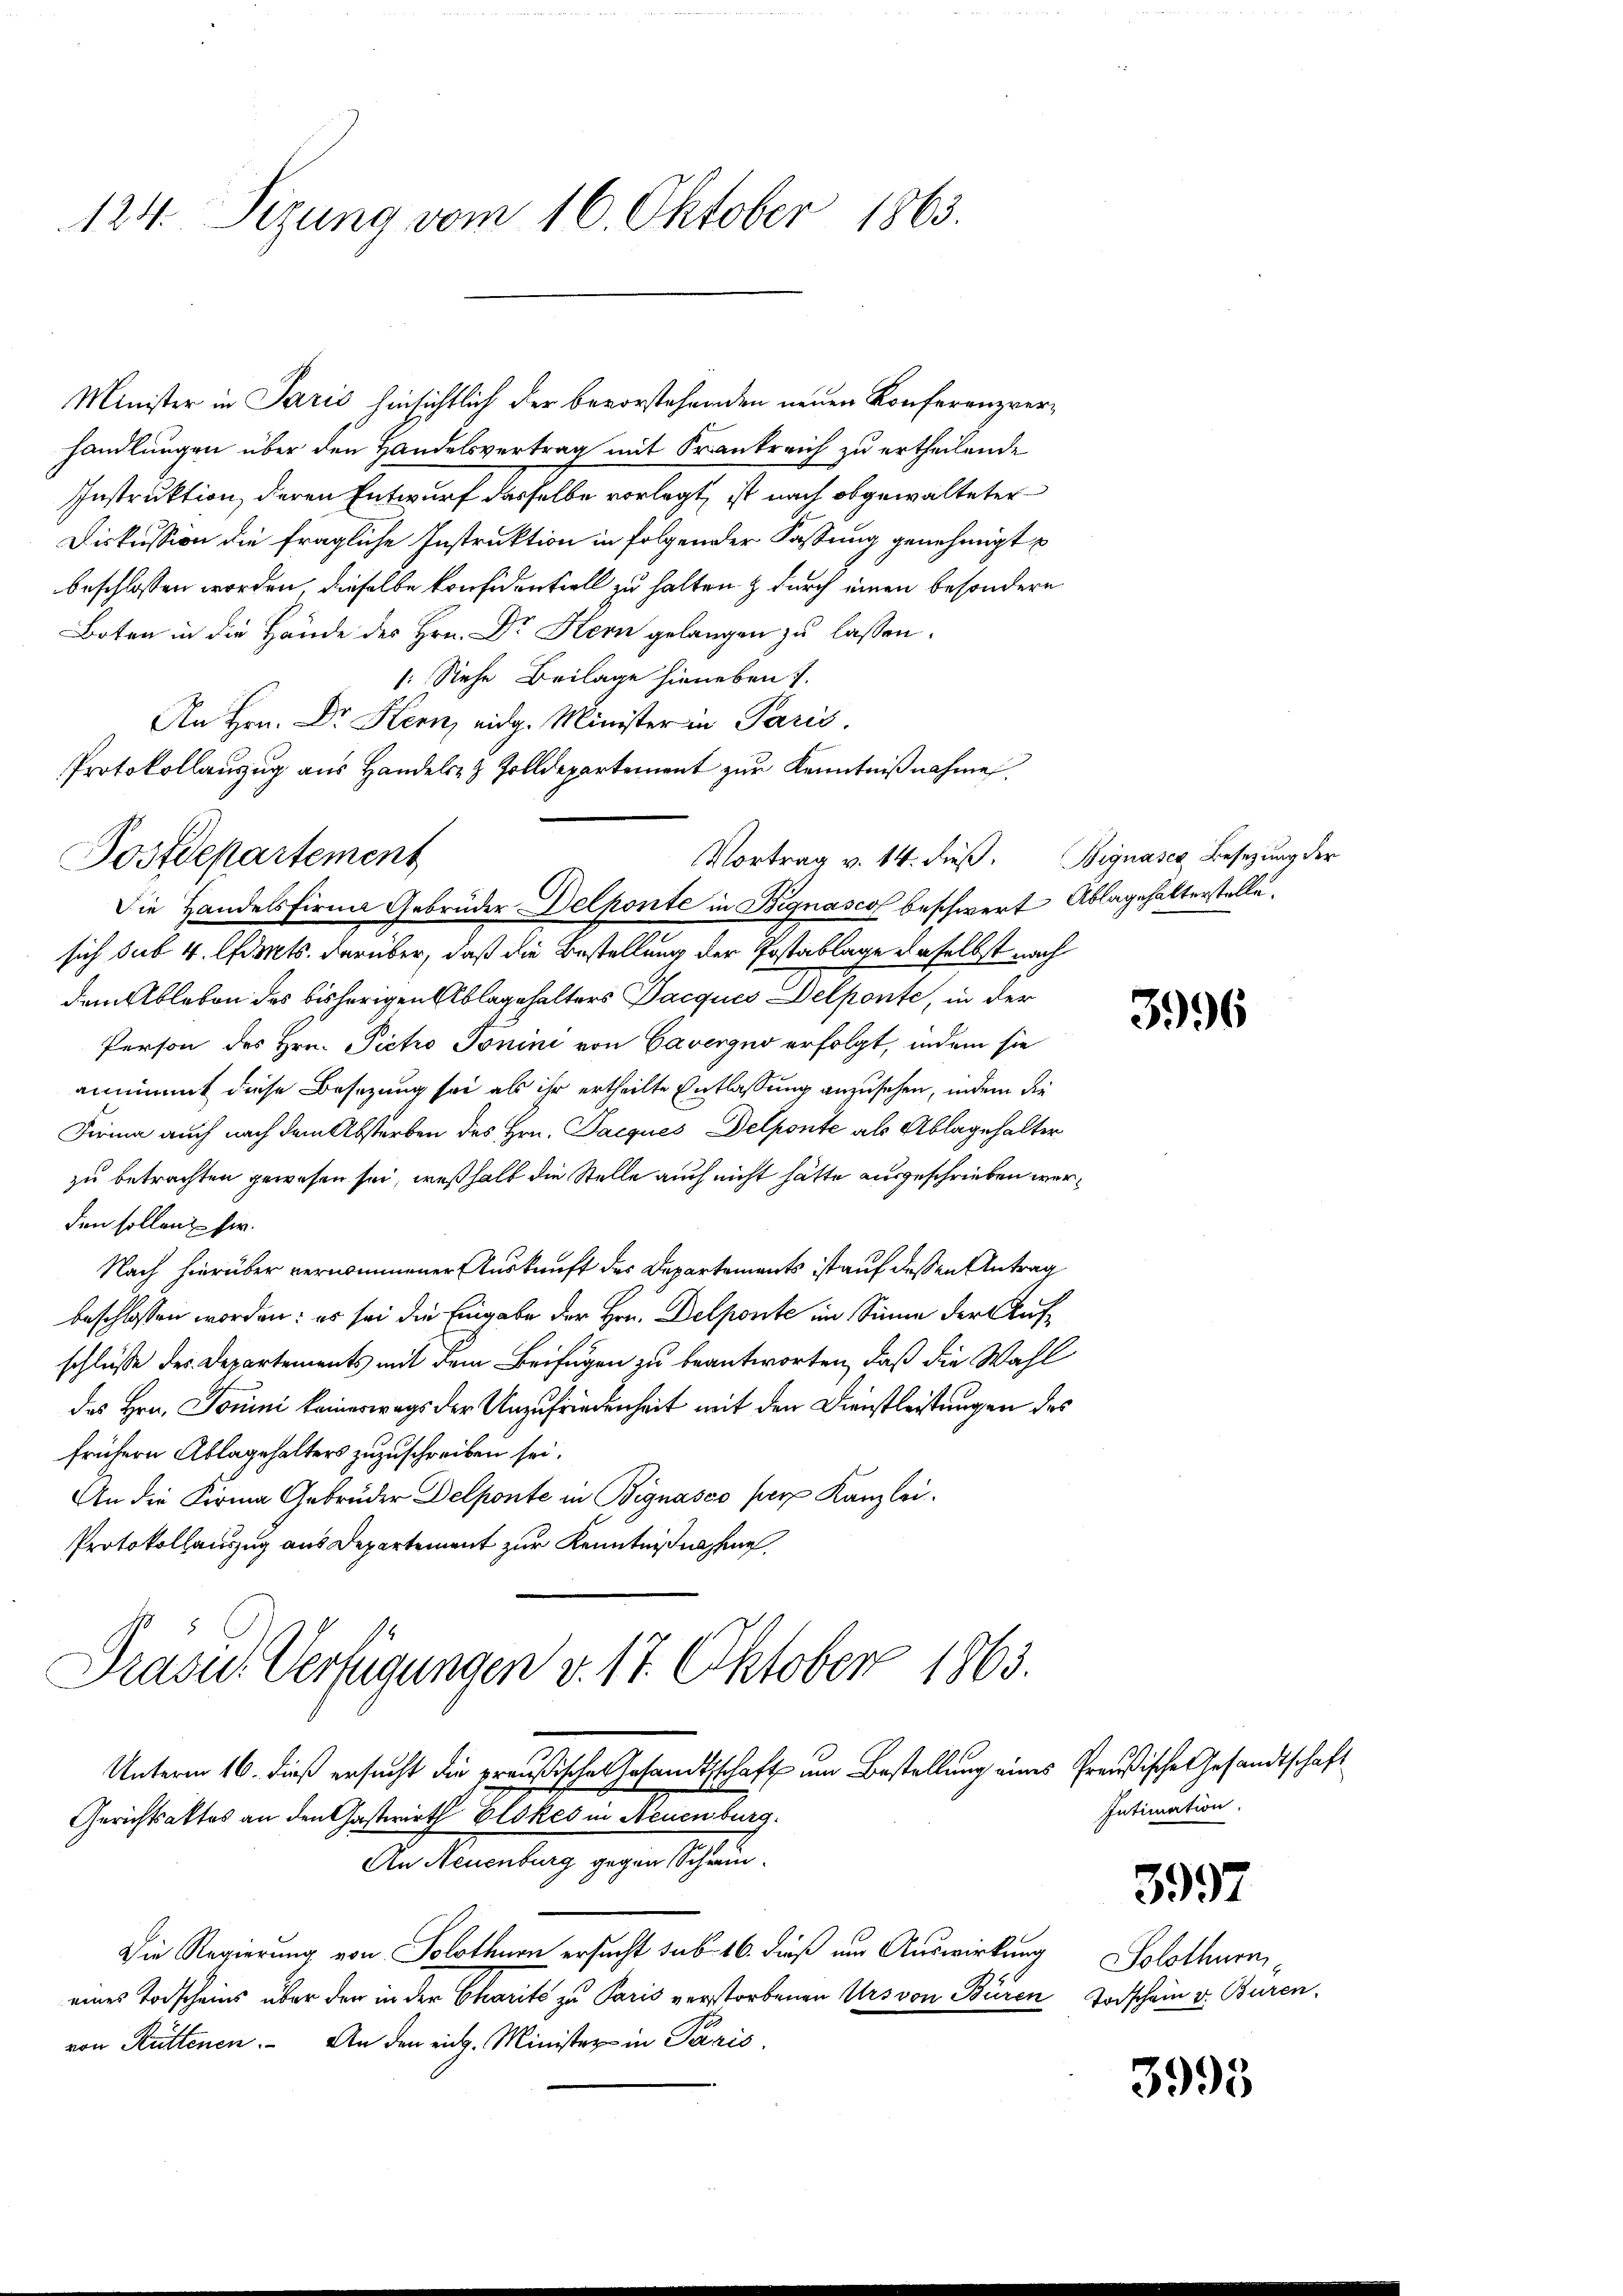
124. Sizung vom 16. Oktober 1863.

Minister in Paris hinsichtlich der bevorstehenden neuen Konferenzverhandlungen über den Handelsvertrag mit Krankreich zu ertheilende
Instruktion, deren Entwurf dasselbe vorlegt, ist nach obgewalteter
Diskussion die fragliche Instruktion in folgender Fassung genehmigt
beschlossen worden, dieselbe konfidentiell zu halten & durch einen besondere
Boten in die Hände des Hrn. Dr. Hern gelangen zu lassen.
: Siehe Beilage hieneben).
An Hrn. Dr Kern, eidg. Minister in Paris.
Protokollanzŭg ans Handels- & Zolldepartement zŭr Kenntniβnahme.
sich sub 4. Amts. darüber, daß die Bestellung der Postablage daselbst nach
dem Ableben des bisherigen Ablagehalters Jacques Delponte, in der
Person des Hrn. Victo Tonini von Caverno erfolgt, indem sie
annimmt diese Besizung sei als ihr ertheilte Entlassung anzusehen, indem die
Firma auch nach dem Absterben des Hrn. Jacques Delponte als Ablagehalter
zu betrachten gewesen sei, weßhalb die Stelle auch nicht hätte ausgeschrieben werden sollenz her.
Nach hierüber vernommener Auskunft des Departements ist auf deßen Antrag
beschlossen worden: es sei die Eingabe der Hrn. Delponte im Sinne der Aufschlüsse des Departements mit dem Beifügen zu beantworten, daß die Wahl
des Hrn. Jonini keineswegs der Unzufriedenheit mit den Dienstleistungen des
frühern Ablagehalters zuzuschreiben sei.
An die Firma Gebrüder Delponte in Bignasco per Kanzlei.
Protokollauszug aus Departement zur Kenntnißnahe,
Präsid.. Verfügungen v. 17. Oktober 1863.
Unterm 16. dieß ersucht die preußische Gesandtschaft um Bestellung eines Preußische Gesandtschaft
Gerichtsaktes an den Gastwirth Elokes in Neuenburg.
An Neuenburg gegen Schri¬
Die Regierung von Solothurn ersucht sub. 16. dieß um Auswirkung Solothurneines Todscheins über der in der Charite zu Paris verstorbenen Urs von Büren Todschein v. Buren
von Rüttenen. An den eidg. Minister in Paris,

Postdepartement

Die Handelsfirma Gebrüder Delponte in Bignasco beschwert Ablagehalterstelle,

Vortrag v. 14. dieß. Bignaser Besetzung der

Intimation.

3996

3997

3995